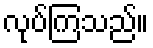
လုပ်ကြသည်။